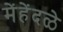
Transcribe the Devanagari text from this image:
मेंहेंदळे